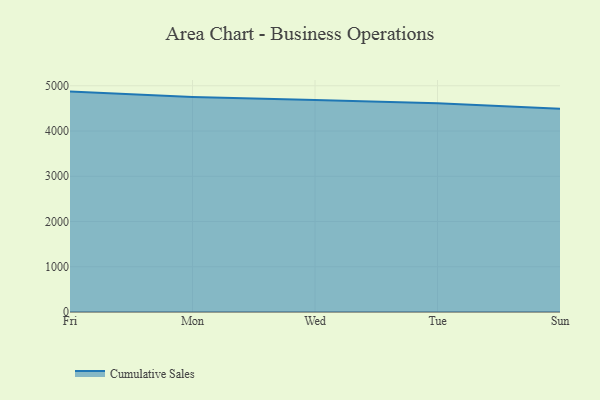
{"axis": {"x": "Day", "y": "Waste Production (Tons)"}, "legend": ["Cumulative Sales"], "data": [{"x": "Fri", "y": 4871.2, "type": "Cumulative Sales"}, {"x": "Mon", "y": 4753.3, "type": "Cumulative Sales"}, {"x": "Wed", "y": 4684.8, "type": "Cumulative Sales"}, {"x": "Tue", "y": 4615.5, "type": "Cumulative Sales"}, {"x": "Sun", "y": 4490.9, "type": "Cumulative Sales"}]}